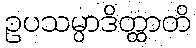
ဥပသမ္ပာဒိတ္ထာတိ